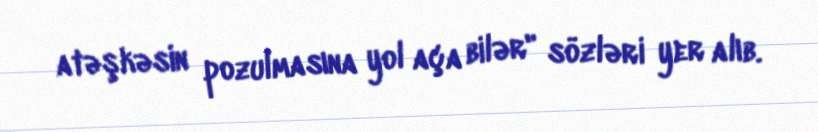
atəşkəsin pozulmasına yol aça bilər" sözləri yer alıb.